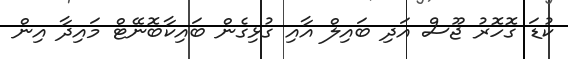
ކުޑަ ގޮހޮރު ޖޫސް އަދި ބައިލް އާއި ގުޅިގެން ބައިކާބޮނޭޓް މައިދާ އިން